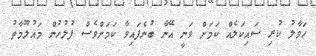
ހަވާލު ކުރި ސައިކަލެއް ކަމަށް ވަނީ އޭނާ ބުނެފައިވާ ކަަމަށްވެސް ފުލުހުން މައުލޫމާތު